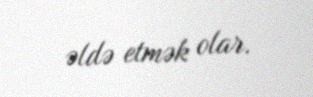
əldə etmək olar.